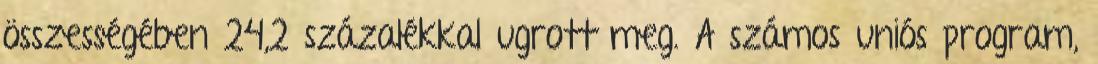
összességében 24,2 százalékkal ugrott meg. A számos uniós program,